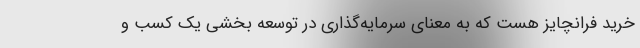
خرید فرانچایز هست که به معنای سرمایه‌گذاری در توسعه بخشی یک کسب و